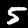
Digit: 5